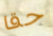
حقا